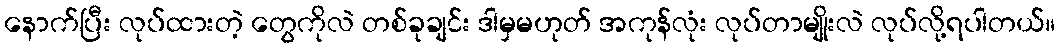
နောက်ပြီး လုပ်ထားတဲ့ တွေကိုလဲ တစ်ခုချင်း ဒါမှမဟုတ် အကုန်လုံး လုပ်တာမျိုးလဲ လုပ်လို့ရပါတယ်။